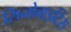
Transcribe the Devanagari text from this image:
सिनोवाइटिस